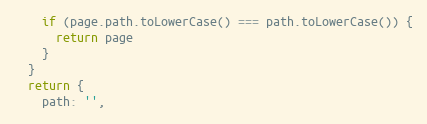
Language: JavaScript
    if (page.path.toLowerCase() === path.toLowerCase()) {
      return page
    }
  }
  return {
    path: '',